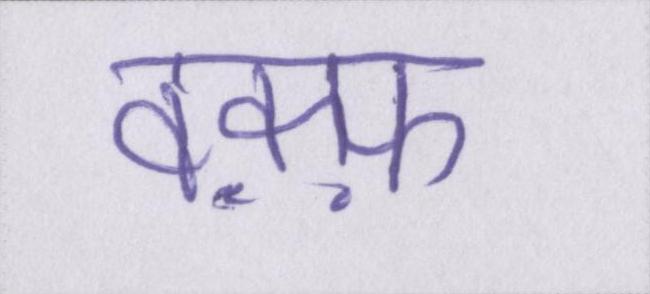
वक़्फ़